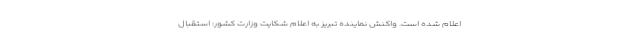
اعلام شده است. واکنش نماینده تبریز به اعلام شکایت وزارت کشور: استقبال